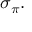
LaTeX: \sigma _ { \pi } \, \! .